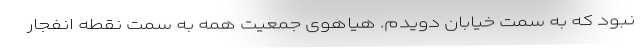
نبود که به سمت خیابان دویدم. هیاهوی جمعیت همه به سمت نقطه انفجار